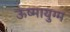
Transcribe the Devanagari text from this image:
ऊष्मायुग्म